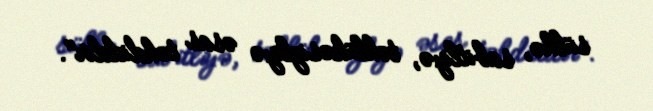
sülhə, sabitliyə, təhlükəsizliyə əsas təhdiddir".